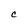
Character: C